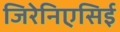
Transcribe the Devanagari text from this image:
जिरेनिएसिई